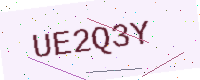
Text: UE2Q3Y